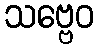
သဗ္ဗေဝ